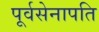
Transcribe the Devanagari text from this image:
पूर्वसेनापति